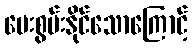
ပေးစွမ်းနိုင်သောကြောင့်